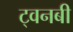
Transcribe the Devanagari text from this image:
ट्वनबी